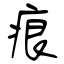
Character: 痕